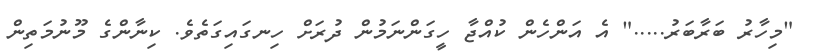
"މިހާރު ބަރާބަރު....." އެ އަންހެން ކުއްޖާ ހީގަންނަމުން ދުރަށް ހިނގައިގަތެވެ. ކިނާންގެ މޫނުމަތިން